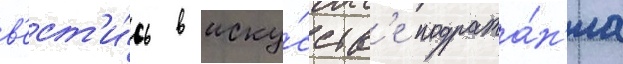
в'ест'и́сь в иску́сств'е подража́н'иа